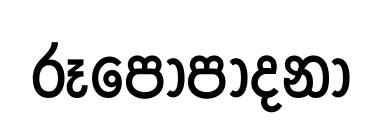
රූපෝපාදනා